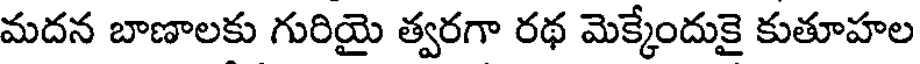
మదన బాణాలకు గురియై త్వరగా రథ మెక్కేందుకై కుతూహల